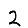
Digit: 2